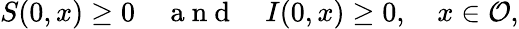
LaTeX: S(0,x)\geq 0\quad\mathrm{~a~n~d~}\quad I(0,x)\geq 0,\quad x\in\mathcal{O},